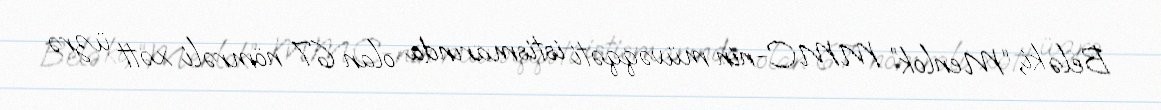
Belə ki, “Menlok” MMC-nin müvəqqəti istismarında olan 67 nömrəli xətt üzrə